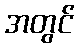
အတွင်